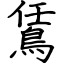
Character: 鵀